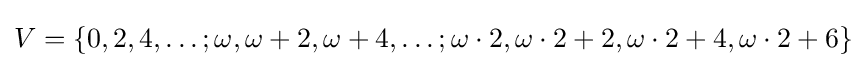
V=\{0,2,4,\ldots ;\omega ,\omega +2,\omega +4,\ldots ;\omega \cdot 2,\omega \cdot 2+2,\omega \cdot 2+4,\omega \cdot 2+6\}